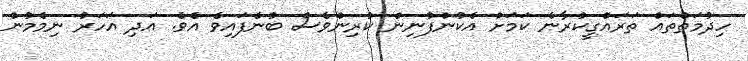
ހިދުމަތްތައް ތަރައްގީކުރާނެ ކަމަށް އެކުންފުނިން ކުރިންވެސް ބުނެފައިވެ އެވެ. އަދި އަހަރު ނިމެމުން